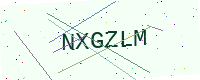
Text: NXGZLM